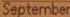
September